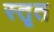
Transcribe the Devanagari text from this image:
स्तृत